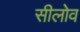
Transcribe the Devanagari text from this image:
सीलोव